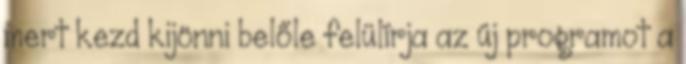
mert kezd kijönni belőle felülírja az új programot a